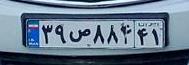
۳۹ص۸۸۴۴۱